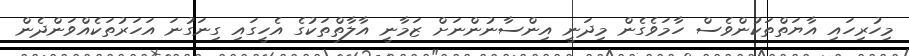
މިހުރިހައި އާޔަތްތަކުންވެސް ހާމަވެގެން މިދަނީ އިންސާނުންނަށް ޒަމާނީ އާލާތްތަކުގެ އެހީގައި ގިނަގުނަ އަހަރުތަކެއްވަންދެން